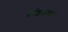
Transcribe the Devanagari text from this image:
केशिकच्या